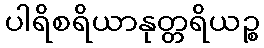
ပါရိစရိယာနုတ္တရိယဉ္စ